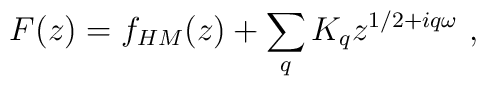
F(z)=f_{HM}(z)+\sum_qK_q z^{1/2+iq\omega}\ ,